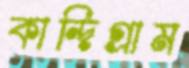
কান্দিগ্রাম